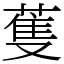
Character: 蒦